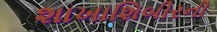
શાખાશિબીરની